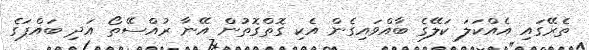
ތެރޭގައި އެއްކަލަ ކަލޭގެ ބާއްވައިގެން އެކި ގޮތްގޮތުން އޭނާ ރުއްސޭތޯ އަދި ބައްޕަގެ